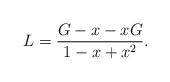
LaTeX: \begin{align*}L = \frac{G - x -x G}{1-x+x^2}.\end{align*}